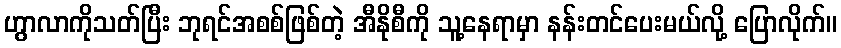
ဟွာလာကိုသတ်ပြီး ဘုရင်အစစ်ဖြစ်တဲ့ အီနိုစီကို သူ့နေရာမှာ နန်းတင်ပေးမယ်လို့ ပြောလိုက်။